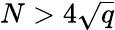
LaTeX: N>4{\sqrt{q}}